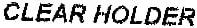
CLEAR HOLDER